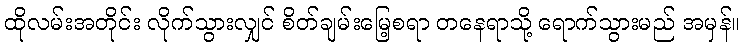
ထိုလမ်းအတိုင်း လိုက်သွားလျှင် စိတ်ချမ်းမြေ့စရာ တနေရာသို့ ရောက်သွားမည် အမှန်။